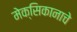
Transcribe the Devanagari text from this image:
मेक्सिकानाचे